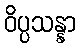
ဝိပ္ပသန္နာ